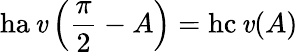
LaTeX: \operatorname{ha\mathit{v}}\left({\frac{{\pi}}{{2}}}-A\right)=\operatorname{hc\mathit{v}}(A)